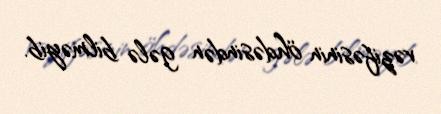
vəzifəsinin öhdəsindən gələ bilməyib.